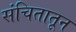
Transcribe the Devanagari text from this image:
संचितातून